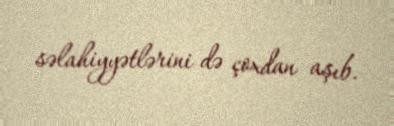
səlahiyyətlərini də çoxdan aşıb.